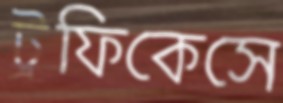
ট্রফিকেসে